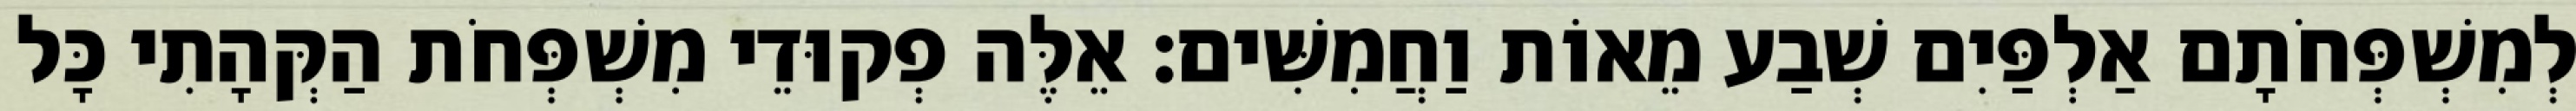
לְמִשְׁפְּחֹתָם אַלְפַּיִם שְׁבַע מֵאוֹת וַחֲמִשִּׁים׃ אֵלֶּה פְקוּדֵי מִשְׁפְּחֹת הַקְּהָתִי כָּל